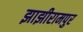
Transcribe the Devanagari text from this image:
झाझीरामपुर